Report on sanitation, dispensaries, and jails in Rajputana for 1920, and on vaccination for the year 1920-1921 - 1920-1921
Year: 1920
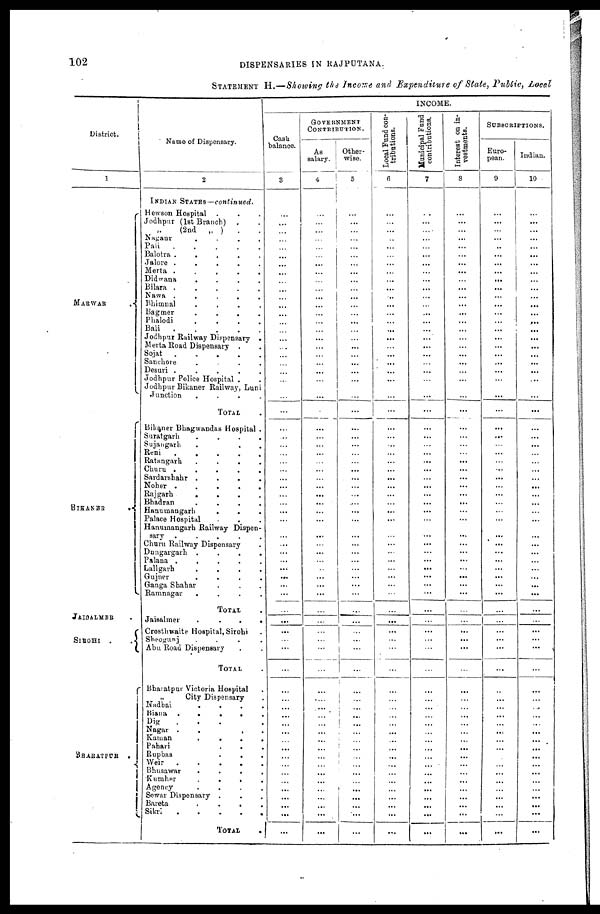
102
DISPENSARIES IN RAJPUTANA.
STATEMENT H.—Showing the Income and Expenditure of State, Public, Local
District.
1
MARWAR .
BIKANER
.
JAISALMER .
SIROHI .
BHARATPUR
.
Name of Dispensary.
2
INDIAN STATES—continued.
Hewson Hospital . . .
Jodhpur (1st Branch) . .
„ (2nd „ )
. .
Nagaur
.
.
.
.
Pali
.
.
.
.
.
Balotra .
.
.
.
.
Jalore .
.
.
.
.
Merta .
.
.
.
.
Didwana
.
.
.
.
Bilara .
.
.
.
.
Nawa .
.
.
.
.
Bhimnal
.
.
.
.
Bagmer
.
. . .
Phalodi
.
.
.
.
Bali
.
.
.
.
.
Jodhpur Railway Dispensary .
Merta Road Dispensary . .
Sojat
. . . . .
Sanchore
.
.
.
.
Desuri .
.
.
.
.
Jodhpur Police Hospital . .
Jodhpur Bikaner Railway, Luni
Junction
.
.
. .
TOTAL .
Bikaner Bhagwandas Hospital .
Suratgarh
.
.
.
.
Sujangarh . . . .
Reni
.
.
.
.
.
Ratangarh
.
.
.
.
Churu .
.
.
.
.
Sardarshahr .
.
.
.
Noher .
.
.
.
.
Rajgarh
.
.
.
.
Bhadran
.
.
.
.
Hanumangarh . . .
Palace Hospital . . .
Hanumangarh Railway Dispen-
sary .
.
.
.
.
Churu Railway Dispensary .
Dungargarh .
.
.
.
Palana .
.
.
.
.
Lallgarh
.
.
.
.
Gujner
.
.
.
.
Ganga Shahar . . .
Ramnagar
.
.
.
.
TOTAL .
Jaisalmer
.
.
.
.
Crosthwaite Hospital, Sirohi .
Sheogunj
.
.
.
.
Abu Road Dispensary . .
TOTAL .
Bharatpur Victoria Hospital .
„
City Dispensary .
Nadbai
. . . .
Biana
.
.
. . .
Dig
.
.
. .
Nagur . . .
.
Kaman
.
.
.
.
Pahari . . . .
Rupbas . . . .
Weir
.
.
.
.
.
Bhusawar
.
.
.
.
Kumher
. . . .
Agency
. . . .
Sewar Dispensary . . .
Bareta
.
.
.
.
Sikri
.
.
.
.
.
TOTAL .
INCOME.
Cash
balance.
3
...
...
...
...
...
...
...
...
...
...
...
...
...
...
...
...
...
...
...
...
...
...
...
...
...
...
...
...
...
...
...
...
...
...
...
...
...
...
...
...
...
...
...
...
...
...
...
...
...
...
...
...
...
...
...
...
...
...
...
...
...
...
...
...
...
...
GOVERNMENT
CONTRIBUTION.
As
salary.
4
...
...
...
...
...
...
...
...
...
...
...
...
...
...
...
...
...
...
...
...
...
...
...
...
...
...
...
...
...
...
...
...
...
...
...
...
...
...
...
...
...
...
...
...
...
...
...
...
...
...
...
...
...
...
...
...
...
...
...
...
...
...
...
...
...
...
Other-
wise.
5
...
...
...
...
...
...
...
...
...
...
...
...
...
...
...
...
...
...
...
...
...
...
...
...
...
...
...
...
...
...
...
...
...
...
...
...
...
...
...
...
...
...
...
...
...
...
...
...
...
...
...
...
...
...
...
...
...
...
...
...
...
...
...
...
...
Local Fund con-
tributions.
6
...
...
...
...
...
...
...
...
...
...
...
...
...
...
...
...
...
...
...
...
...
...
...
...
...
...
...
...
...
...
...
...
...
...
...
...
...
...
...
...
...
...
...
...
...
...
...
...
...
...
...
...
...
...
...
...
...
...
...
...
...
...
...
...
...
...
Municipal Fund
contributions.
7
...
...
...
...
...
...
...
...
...
...
...
...
...
...
...
...
...
...
...
...
...
...
...
...
...
...
...
...
...
...
...
...
...
...
...
...
...
...
...
...
...
...
...
...
...
...
...
...
...
...
...
...
...
...
...
...
...
...
...
...
...
...
...
...
...
Interest on in-
vestments.
8
...
...
...
...
...
...
...
...
...
...
...
...
...
...
...
...
...
...
...
...
...
...
...
...
...
...
...
...
...
...
...
...
...
...
...
...
...
...
...
...
...
...
...
...
...
...
...
...
...
...
...
...
...
...
...
...
...
...
...
...
...
...
...
...
...
...
SUBSCRIPTIONS.
Euro-
pean.
9
...
...
...
...
...
...
...
...
...
...
...
...
...
...
...
...
...
...
...
...
...
...
...
...
...
...
...
...
...
...
...
...
...
...
...
...
...
...
...
...
...
...
...
...
...
...
...
...
...
...
...
...
...
...
...
...
...
...
...
...
...
...
...
...
...
...
Indian.
10
...
...
...
...
...
...
...
...
...
...
...
...
...
...
...
...
...
...
...
...
...
...
...
...
...
...
...
...
...
...
...
...
...
...
...
...
...
...
...
...
...
...
...
...
...
...
...
...
...
...
...
...
...
...
...
...
...
...
...
...
...
...
...
...
...
...